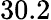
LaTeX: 30.2